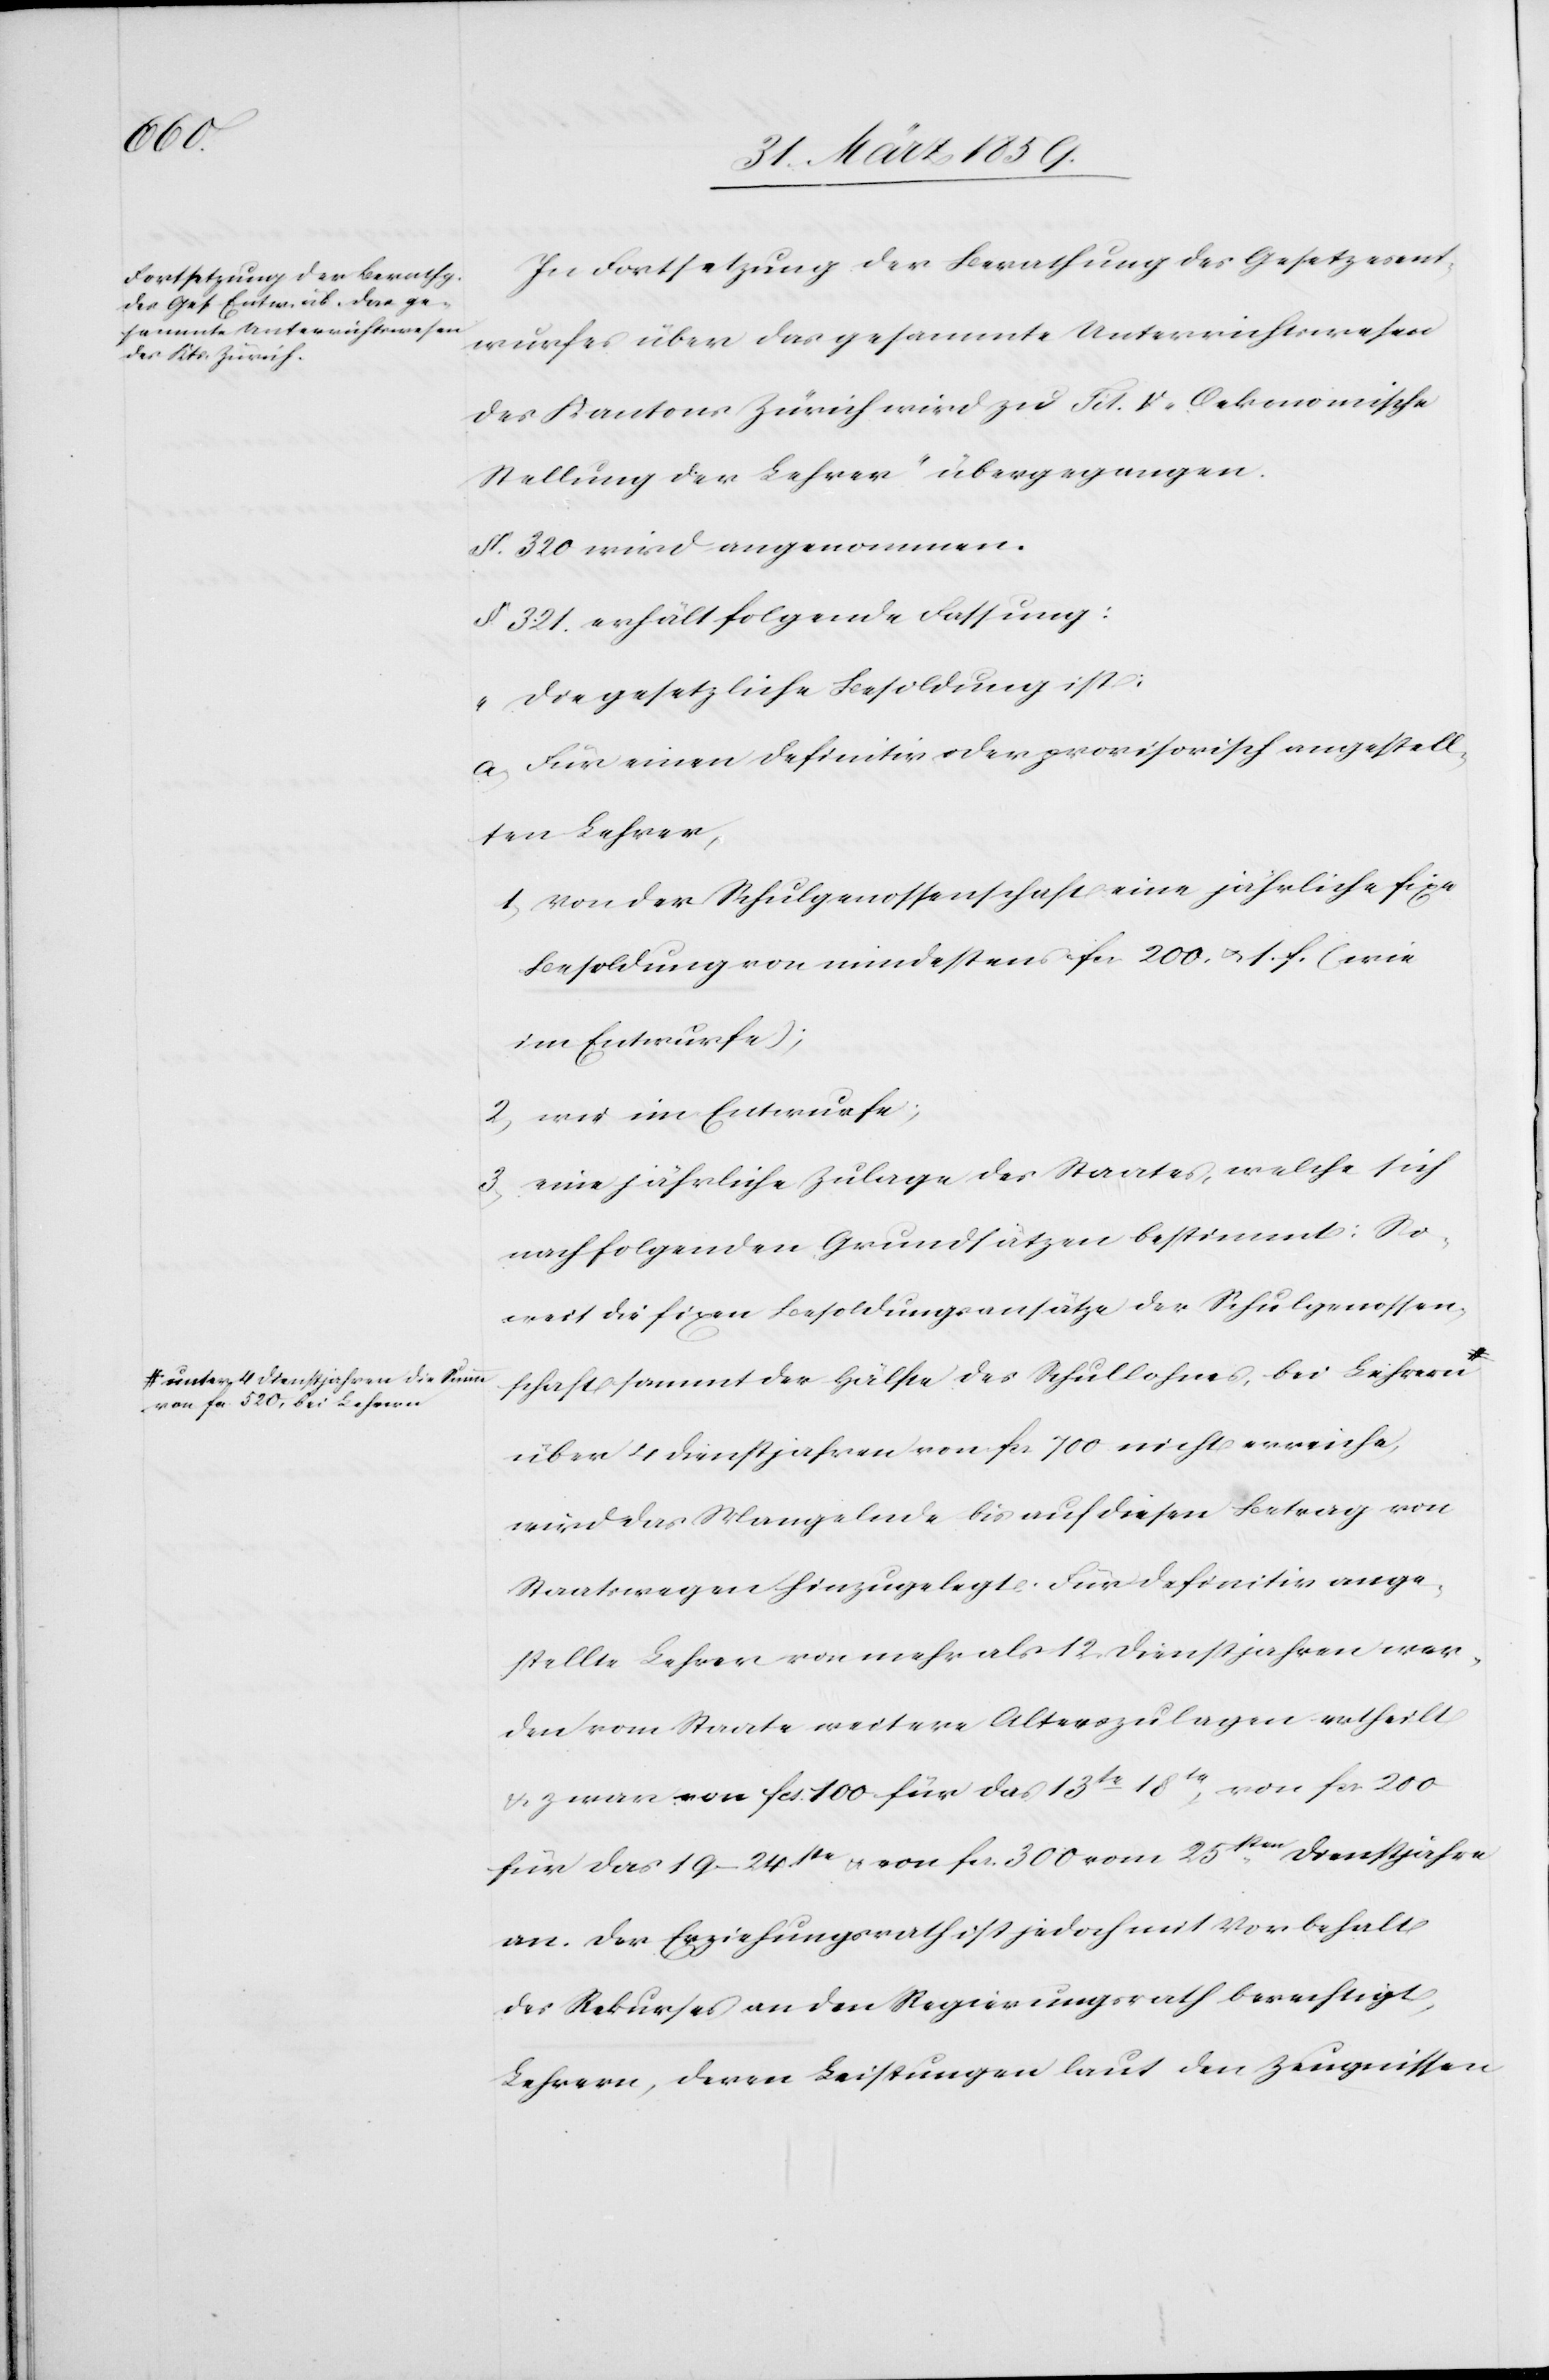
unter 4 Dienstjahren die Summe
von fcs. 520, bei Lehrern

In Fortsetzung der Berathung des Gesetzesent¬
wurfes über das gesammte Unterrichtswesen
des Kantons Zürich wird zu Tit. V „Oekonomische
Stellung der Lehrer“ übergegangen.
§. 320 wird angenommen.
§. 321. erhält folgende Fassung:
„Die gesetzliche Besoldung ist:
a) Für einen definitiv oder provisorisch angestell¬
ten Lehrer,
1) von der Schulgenossenschaft eine jährliche fixe
Besoldung von mindestens fcs. 200. u. s. f. (wie
im Entwurfe);
2) wie im Entwurfe;
3) eine jährliche Zulage des Staates, welche sich
nach folgenden Grundsätzen bestimmt: So¬
weit die fixen Besoldungsansätze der Schulgenossen¬
schaft sammt der Hälfte des Schullohnes, bei Lehrern
über 4 Dienstjahren von fcs. 700 nicht erreiche,
wird das Mangelnde bis auf diesen Betrag von
Staatswegen hinzugelegt. Für definitiv ange¬
stellte Lehrer von mehr als 12 Dienstjahren wer¬
den vom Staate weitere Alterszulagen ertheilt
u. zwar von fcs. 100 für das 13te–18te, von fcs. 200
für das 19–24ste u. von fcs. 300 vom 25sten Dienstjahre
an. Der Erziehungsrath ist jedoch mit Vorbehalt
des Rekurses an den Regierungsrath berechtigt,
Lehrern, deren Leistungen laut den Zeugnissen